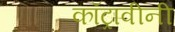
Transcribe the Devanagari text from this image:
कॉट्रावीनी